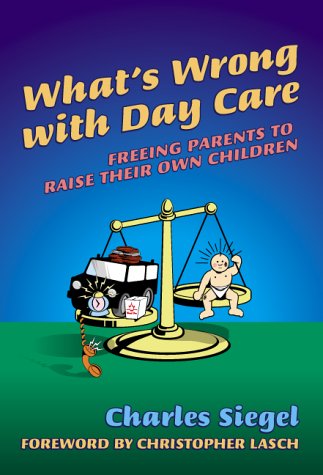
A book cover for What's Wrong with Day Care: Freeing Parents to Raise Their Own Children; Charles Siegel; Parenting & Relationships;